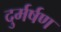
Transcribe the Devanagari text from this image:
दुर्मर्षण